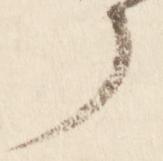
了